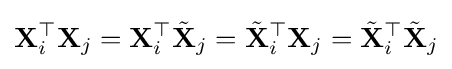
\mathbf {X} _{i}^{\top }\mathbf {X} _{j}=\mathbf {X} _{i}^{\top }{\tilde {\mathbf {X} }}_{j}={\tilde {\mathbf {X} }}_{i}^{\top }\mathbf {X} _{j}={\tilde {\mathbf {X} }}_{i}^{\top }{\tilde {\mathbf {X} }}_{j}